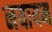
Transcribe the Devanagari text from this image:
नयायम